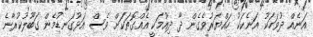
އަނެއް ދުވަހަކު އަނެކަކު ހައްޔަރުވެގެން ދާ ދިއުމަކީ އެއްގޮތަކަށް ވެސް އަޅުގަނޑުމެން ގަބޫލުކުރާނެ